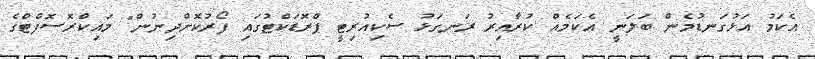
އެކަމު އަޅުގަނޑުމެން ބަލަނީ އެކަމެއް ކުރާއިރު ރަނގަޅު ސެކިއުރިޓީ ޕްރޮޑަކްޓުގައި ފޯރުކޮށްދިނުން" މައިކްރޮސޮފްޓްގެ